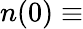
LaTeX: n(0)\equiv